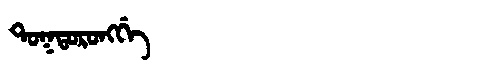
Manchu: ᡨᠣᡴᡨᠣᡵᠣᠩᡤᡝ
Romanization: TOKTORONGGE